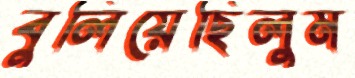
বুলিয়েছিলুম